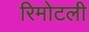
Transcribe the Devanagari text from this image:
रिमोटली